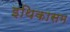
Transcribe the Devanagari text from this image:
इथिकासम